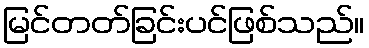
မြင်တတ်ခြင်းပင်ဖြစ်သည်။